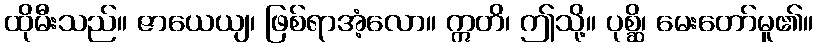
ထိုမီးသည်။ ဇာယေယျ၊ ဖြစ်ရာအံ့လော။ ဣတိ၊ ဤသို့။ ပုစ္ဆိ၊ မေးတော်မူ၏။